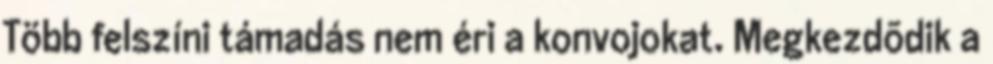
Több felszíni támadás nem éri a konvojokat. Megkezdõdik a